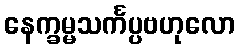
နေက္ခမ္မသင်္ကပ္ပဗဟုလော